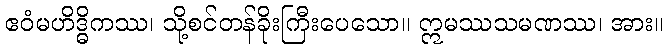
ဧဝံမဟိဒ္ဓိကဿ၊ သို့စင်တန်ခိုးကြီးပေသော။ ဣမဿသမဏဿ၊ အား။